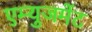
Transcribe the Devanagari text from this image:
एम्‍युजमेंट